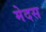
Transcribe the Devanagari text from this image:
मेदस